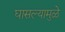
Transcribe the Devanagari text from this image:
घासल्यामुळे